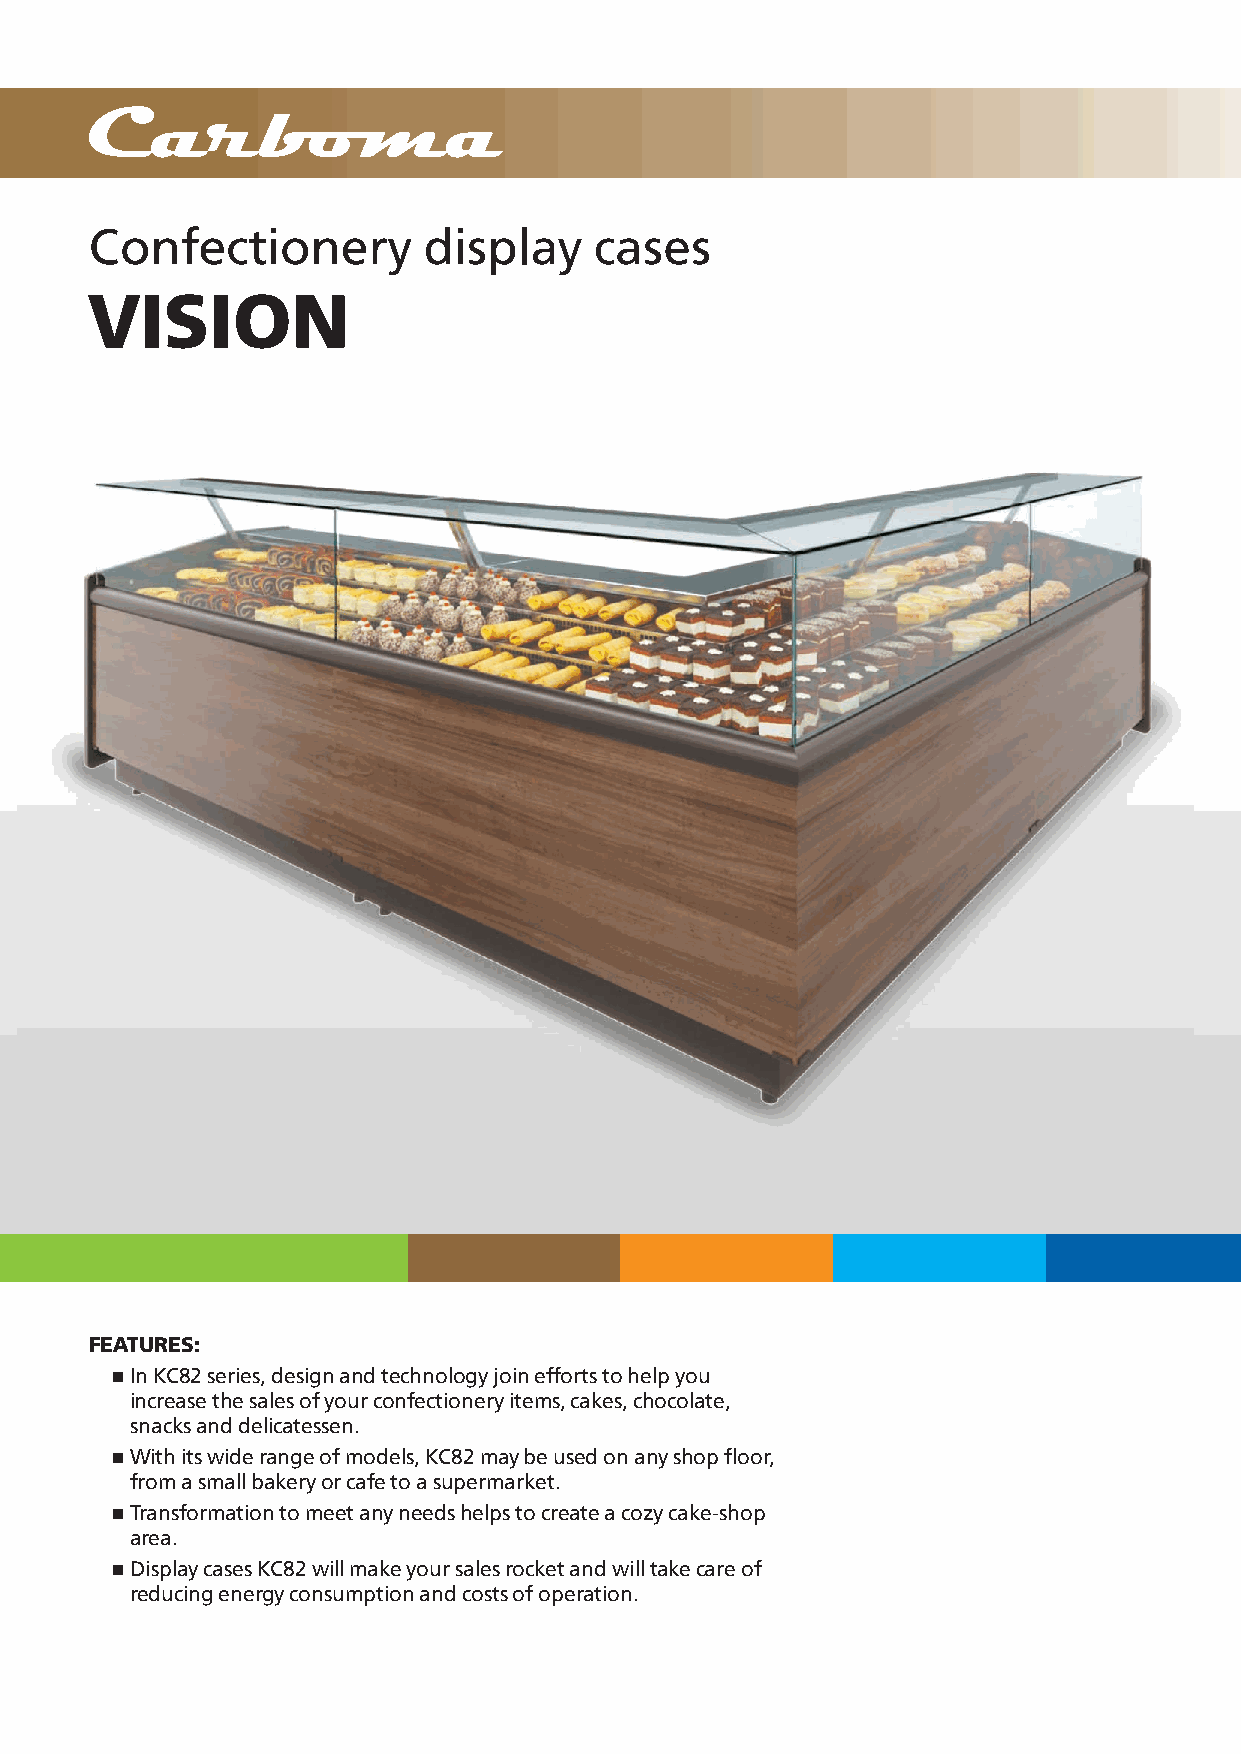
Confectionery         display    cases
 VISION
 FEATURES:
 n In KC82 series, design and technology join efforts to help you
 increase the sales of your confectionery items, cakes, chocolate,
 snacks and delicatessen.
 n With its wide range of models, KC82 may be used on any shop floor,
 from a small bakery or cafe to a supermarket.
 n Transformation to meet any needs helps to create a cozy cake-shop
 area.
 n Display cases KC82 will make your sales rocket and will take care of
 reducing energy consumption and costs of operation.